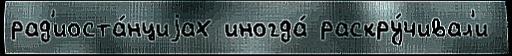
рад'иоста́нциjах иногда́ раскру́чивал'и